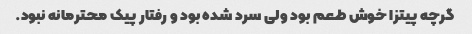
گرچه پیتزا خوش طعم بود ولی سرد شده بود و رفتار پیک محترمانه نبود.